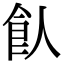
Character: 飤